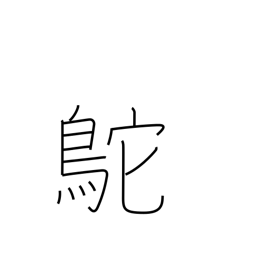
Meaning: Chinese ostrich